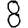
Digit: 8